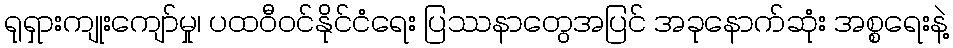
ရုရှားကျုးကျော်မှု၊ ပထဝီဝင်နိုင်ငံရေး ပြဿနာတွေအပြင် အခုနောက်ဆုံး အစ္စရေးနဲ့